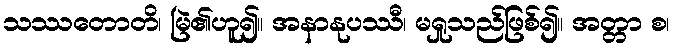
သဿတောတိ၊ မြဲ၏ဟူ၍။ အနာနုပဿီ၊ မရှုသည်ဖြစ်၍။ အတ္တာ စ၊